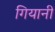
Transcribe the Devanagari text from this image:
गियानी